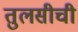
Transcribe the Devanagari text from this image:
तुलसीची